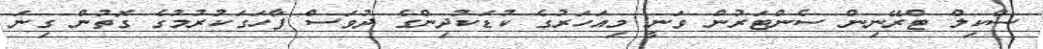
ސްކިލް ޓްރޭނިން ސެންޓަރުން ވަނީ މިއަހަރުގެ ކުޑަކުދިންގެ ދުވަސް ފާހަގަކުރުމުގެ ގޮތުން ގިނަ